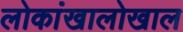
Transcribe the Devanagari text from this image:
लोकांखालोखाल